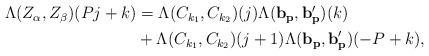
LaTeX: \begin{align*} \begin{aligned} \Lambda(Z_{\alpha},Z_{\beta})(Pj+k)&=\Lambda({C_{k_1},C_{k_2}})(j)\Lambda(\mathbf{b_p},\mathbf{b_p'})(k)\\ &+\Lambda(C_{k_1},C_{k_2})(j+1)\Lambda(\mathbf{b_p},\mathbf{b_p'})(-P+k), \end{aligned}\end{align*}